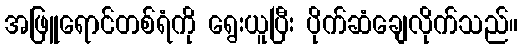
အဖြူရောင်တစ်ရံကို ရွေးယူပြီး ပိုက်ဆံချေလိုက်သည်။